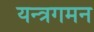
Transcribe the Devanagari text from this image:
यन्त्रगमन